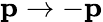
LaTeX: \mathbf{p}\rightarrow-\mathbf{p}